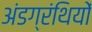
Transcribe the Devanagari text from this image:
अंडग्रंथियों